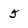
Character: 5